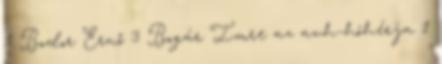
1 Bodor Ernő 3 Bogár Imre az avh-hóhérja 1